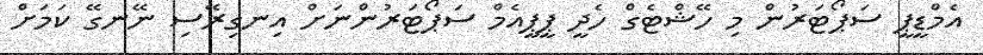
އެމްޑީޕީ ސަޕޯޓަރުން މި ހޭޝްޓެގް ހެދީ ޕީޕީއެމް ސަޕޯޓަރުންނަށް އިނގިރޭސި ނޭނގޭ ކަމަށް